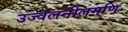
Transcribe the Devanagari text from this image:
उज्वलनीलमणि